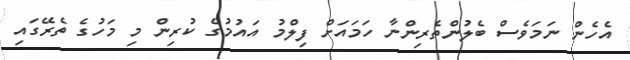
އެހެން ނަމަވެސް ބެލުންތެރިންނާ ހަމައަށް ފިލްމު އައުމުގެ ކުރިން މި މަހުގެ ތެރޭގައި